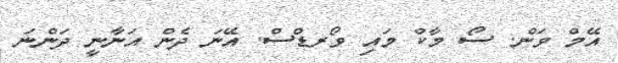
އޭމް ވަން. ސޯ މާކް މައި ވޯރޑްސް. އޭނަ ދެން އަނާނީ ދަންނަ